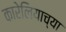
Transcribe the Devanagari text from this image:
कारेलियाच्या